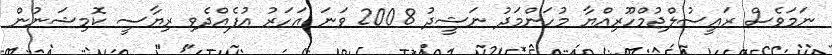
ނަމަވެސް ރައީސުލްޖުމްހޫރިއްޔާ މުހަންމަދު ނަޝީދު 2008 ވަނަ އަހަރު އުފެއްދެވި ރިޔާސީ ކޮމިޝަނުން